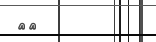
١٨